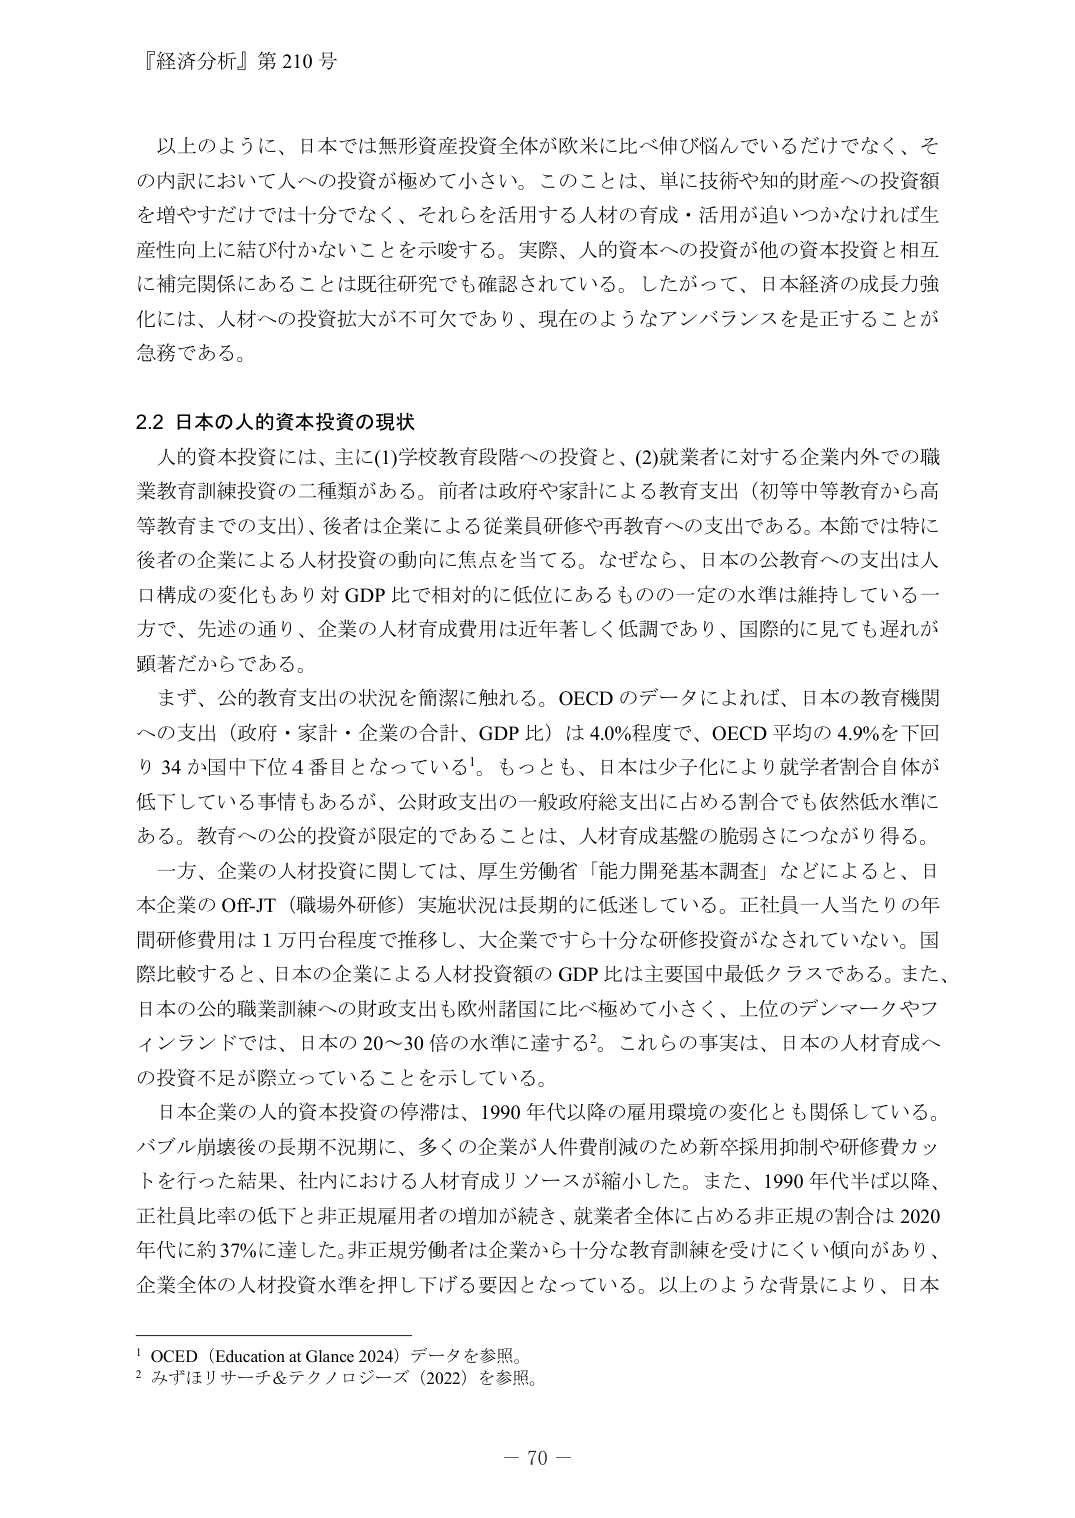
『経済分析』第210号

以上のように、日本では無形資産投資全体が欧米に比べ伸び悩んでいるだけでなく、その内訳において人への投資が極めて小さい。このことは、単に技術や知的財産への投資額を増やすだけでは十分でなく、それらを活用する人材の育成・活用が追いつかなければ生産性向上に結びつかないことを示唆する。実際、人的資本への投資が他の資本投資と相互に補完関係にあることは既往研究でも確認されている。したがって、日本経済の成長力強化には、人材への投資拡大が不可欠であり、現在のようなアンバランスを是正することが急務である。

2.2 日本の人的資本投資の現状

人的資本投資には、主に(1)学校教育段階への投資と、(2)就業者に対する企業内外での職業教育訓練投資の二種類がある。前者は政府や家計による教育支出（初等中等教育から高等教育までの支出）、後者は企業による従業員研修や再教育への支出である。本節では特に後者の企業による人材投資の動向に焦点を当てる。なぜなら、日本の公教育への支出は人口構成の変化もあり対GDP比で相対的に低位にあるものの一定の水準は維持している一方で、先述の通り、企業の人材育成費用は近年著しく低調であり、国際的に見ても遅れが顕著だからである。

まず、公的教育支出の状況を簡潔に触れる。OECDのデータによれば、日本の教育機関への支出（政府・家計・企業の合計、GDP比）は4.0％程度で、OECD平均の4.9％を下回り34か国中下位4番目となっている¹。もっとも、日本は少子化により就学者割合自体が低下している事情もあるが、公財政支出の一般政府総支出に占める割合でも依然低水準にある。教育への公的投資が限定的であることは、人材育成基盤の脆弱さにつながり得る。

一方、企業の人材投資に関しては、厚生労働省「能力開発基本調査」などによると、日本企業のOff-JT（職場外研修）実施状況は長期的に低迷している。正社員一人当たりの年間研修費用は1万円台程度で推移し、大企業ですら十分な研修投資がなされていない。国際比較すると、日本の企業による人材投資額のGDP比は主要国中最低クラスである。また、日本の公的職業訓練への財政支出も欧州諸国に比べ極めて小さく、上位のデンマークやフィンランドでは、日本の20～30倍の水準に達する²。これらの事実は、日本の人材育成への投資不足が際立っていることを示している。

日本企業の人的資本投資の停滞は、1990年代以降の雇用環境の変化とも関係している。バブル崩壊後の長期不況期に、多くの企業が人件費削減のため新卒採用抑制や研修費カットを行った結果、社内における人材育成リソースが縮小した。また、1990年代半ば以降、正社員比率の低下と非正規雇用者の増加が続き、就業者全体に占める非正規の割合は2020年代に約37％に達した。非正規労働者は企業から十分な教育訓練を受けにくい傾向があり、企業全体の人材投資水準を押し下げる要因となっている。以上のような背景により、日本

¹ OECD（Education at Glance 2024）データを参照。
² みずほリサーチ＆テクノロジーズ（2022）を参照。

－ 70 －